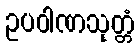
ဥပဝါဏသုတ္တံ